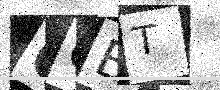
Text: CCBT